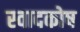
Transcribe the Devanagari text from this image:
स्वादकोष